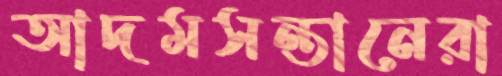
আদমসন্তানেরা